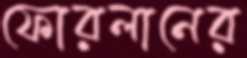
ফোরলানের